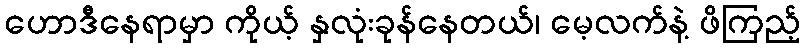
ဟောဒီနေရာမှာ ကိုယ့် နှလုံးခုန်နေတယ်၊ မေ့လက်နဲ့ ဖိကြည့်